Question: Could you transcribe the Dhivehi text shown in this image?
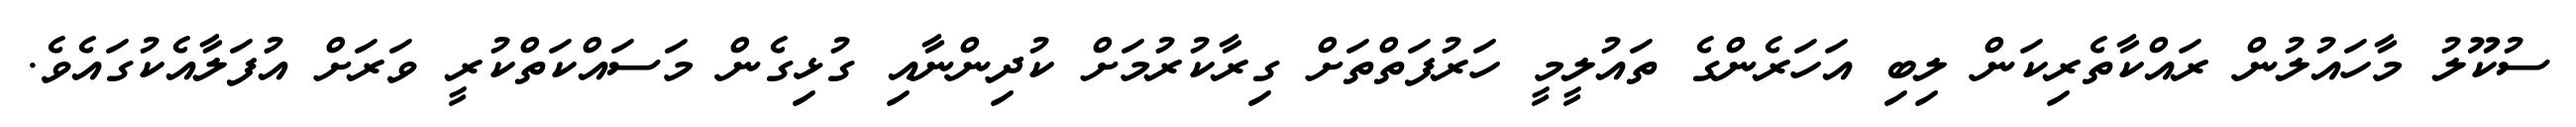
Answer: ސުކޫލު މާހައުލުން ރައްކާތެރިކަން ލިބި އަހަރެންގެ ތައުލީމީ ހަރުފަތްތަށް ގިރާކުރުމަށް ކުދިންނާއި ގުޅިގެން މަސައްކަތްކުރީ ވަރަށް އުފަލާއެކުގައެވެ.